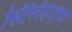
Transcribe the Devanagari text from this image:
सिलिंडराण